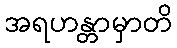
အရဟန္တာမှာတိ